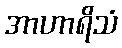
အာဟာရိသံ